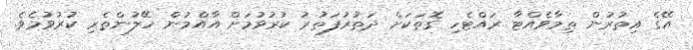
އޭގެ އިތުރުން ތިމާވެއްޓާ ރައްޓެހި ގޮތަކަށް ދަތުރުފަތުރު ކުރުވުމަށް އާއްމުން ހޭލުންތެރި ކުރުވުމެވެ.